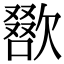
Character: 𣤌